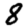
Digit: 8